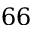
6 6